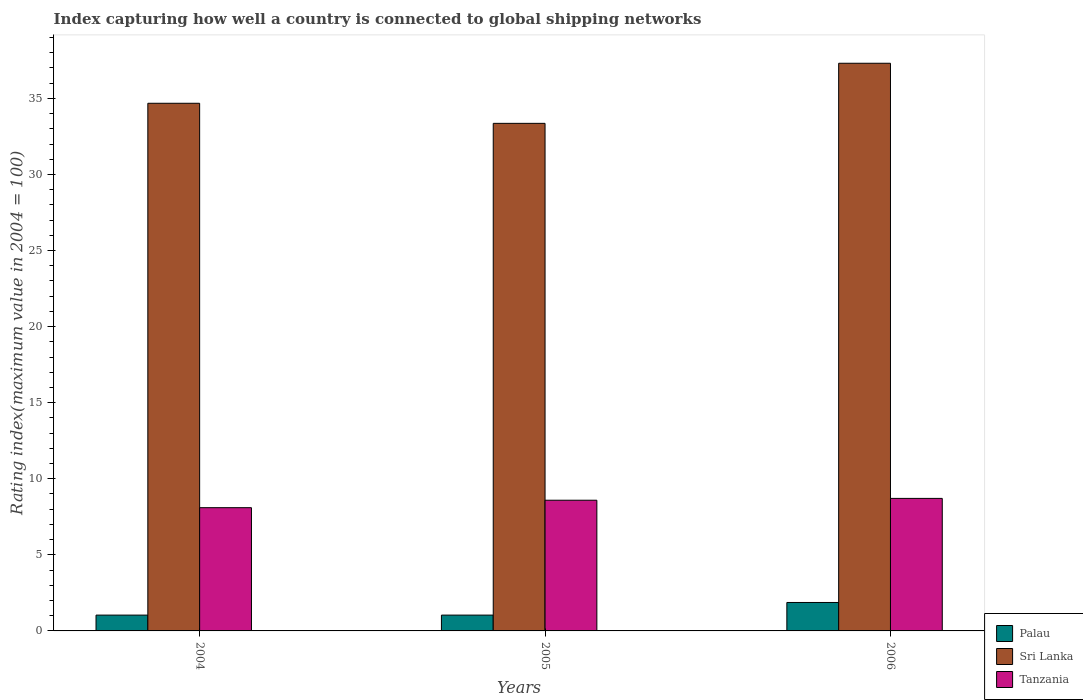
| Years | Palau | Sri Lanka | Tanzania |
 | --- | --- | --- | --- |
 | 2004 | 1.04 | 34.7 | 8.1 |
 | 2005 | 1.04 | 33.4 | 8.59 |
 | 2006 | 1.87 | 37.3 | 8.71 |